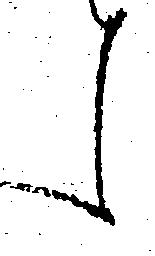
候